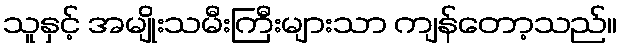
သူနှင့် အမျိုးသမီးကြီးများသာ ကျန်တော့သည်။